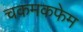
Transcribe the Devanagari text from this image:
चकमकफेम